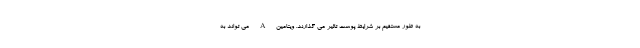
به طور مستقیم بر شرایط پوست تاثیر می گذارند. ویتامین A می تواند به